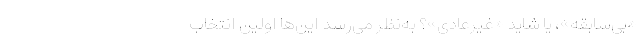
«بی‌سابقه»، یا شاید «غیرعادی»؟ به‌نظر می‌رسد این‌ها اولین انتخاب‌